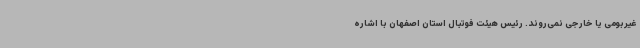
غیربومی یا خارجی نمی‌روند. رئیس هیئت فوتبال استان اصفهان با اشاره